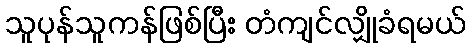
သူပုန်သူကန်ဖြစ်ပြီး တံကျင်လျှိုခံရမယ်